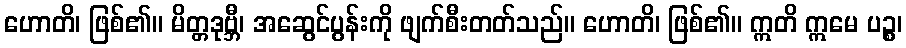
ဟောတိ၊ ဖြစ်၏။ မိတ္တဒုဗ္ဘီ၊ အဆွေင်ပွန်းကို ဖျက်စီးတတ်သည်။ ဟောတိ၊ ဖြစ်၏။ ဣတိ ဣမေ ပဉ္စ၊